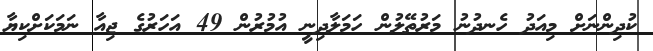
ކުދިންނަށް މިއަދު ހެނދުނު މަރުތޭލުން ހަމަލާދިނީ އުމުރުން 49 އަހަރުގެ ޖިއާ ނަމަކަށްކިޔާ